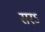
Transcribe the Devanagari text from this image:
सरऽ